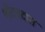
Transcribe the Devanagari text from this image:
श्रीदत्तदास